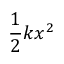
{ \frac { 1 } { 2 } } k x ^ { 2 }